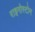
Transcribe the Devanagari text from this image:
राइनोस्टोन